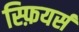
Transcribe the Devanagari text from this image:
स्फ़ियर्स